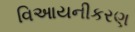
વિઆયનીકરણ